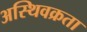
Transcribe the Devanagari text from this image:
अस्थिवक्रता